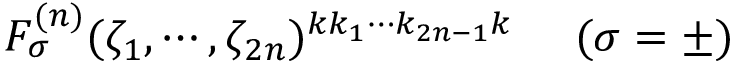
F _ { \sigma } ^ { ( n ) } ( \zeta _ { 1 } , \cdots , \zeta _ { 2 n } ) ^ { k k _ { 1 } \cdots k _ { 2 n - 1 } k } ~ ~ ~ ~ ( \sigma = \pm )